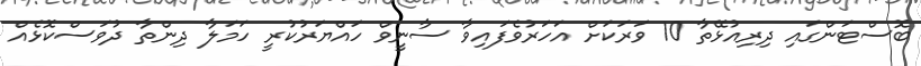
ބޮސްޓަންގައި ދިރިއުޅޭތާ 10 ވަރަކަށް އަހަރުވެފައިވާ ސާނީވް ހައްޔަރުކުރީ ހަމަލާ ދިންތާ ދުވަސްކޮޅެއް